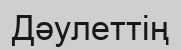
Дәулеттің